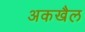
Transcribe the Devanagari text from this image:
अकखैल